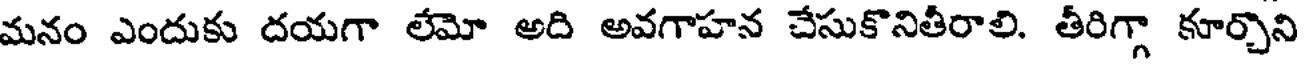
మనం ఎందుకు దయగా లేమో అది అవగాహన చేసుకొనితీరాలి. తీరిగ్గా కూర్చొని